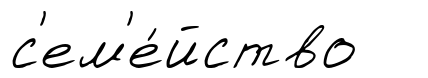
с'ем'е́йство